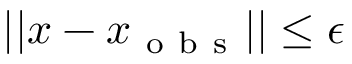
| | x - x _ { \mathrm { ~ o ~ b ~ s ~ } } | | \leq \epsilon